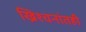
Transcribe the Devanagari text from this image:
ख्रिश्चनांतही